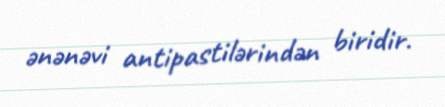
ənənəvi antipastilərindən biridir.